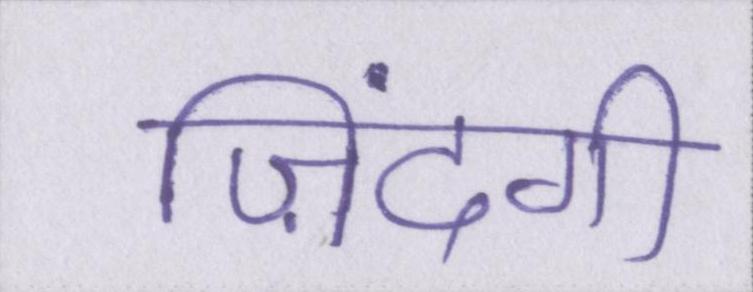
ज़िंदगी